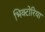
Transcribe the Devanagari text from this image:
भिक्टोरिया